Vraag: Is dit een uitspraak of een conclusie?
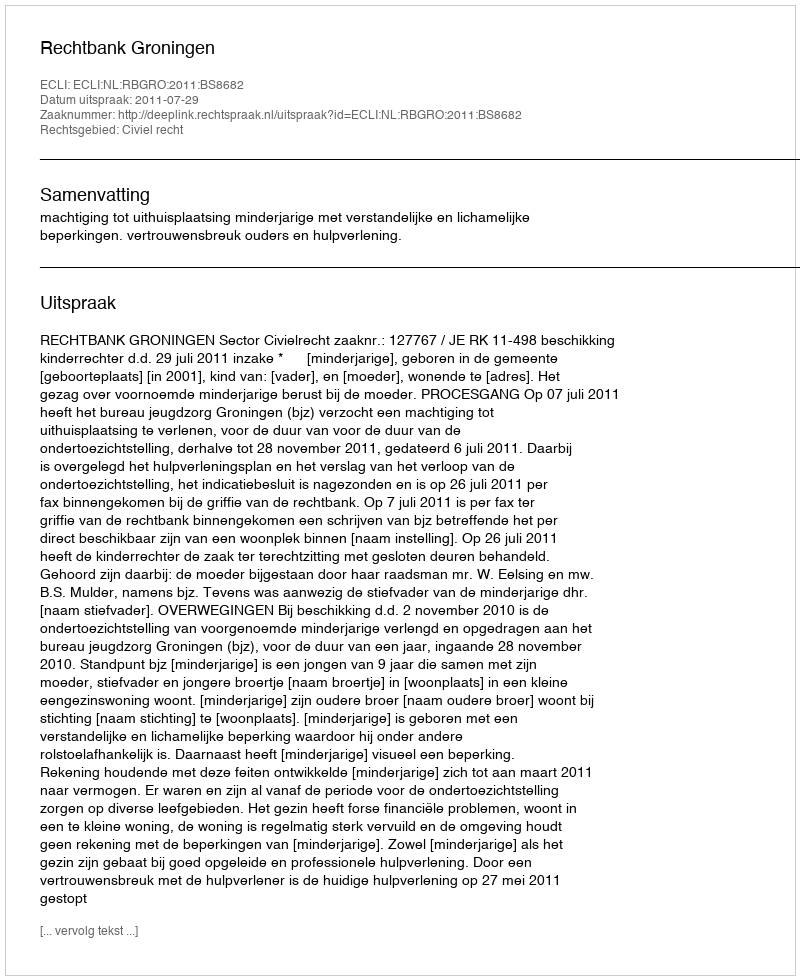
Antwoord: Uitspraak